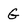
Character: G